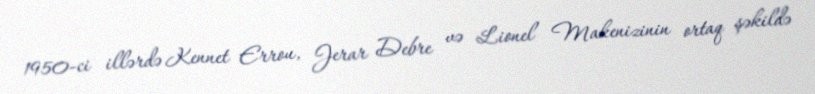
1950-ci illərdə Kennet Errou, Jerar Debre və Lionel Makenizinin ortaq şəkildə